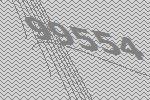
99554